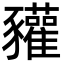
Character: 䝔